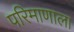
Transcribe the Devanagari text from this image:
परिमाणाला